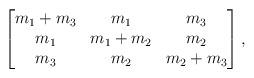
LaTeX: \begin{align*} \begin{bmatrix} m_1+m_3 & m_1 & m_3 \\ m_1 & m_1+m_2 & m_2 \\ m_3 & m_2 & m_2+m_3 \end{bmatrix} ,\end{align*}